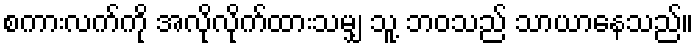
စကားလက်ကို အလိုလိုက်ထားသမျှ သူ့ ဘဝသည် သာယာနေသည်။